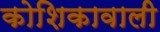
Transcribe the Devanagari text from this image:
कोशिकावाली